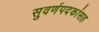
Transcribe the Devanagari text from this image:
सुवर्णपदकांसह